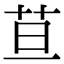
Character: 𦬹